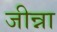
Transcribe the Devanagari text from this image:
जीन्ना